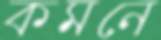
কমনে